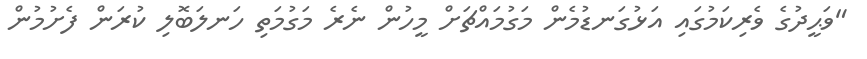
"ވަޙީދުގެ ވެރިކަމުގައި އަޅުގަނޑުމެން މަގުމައްޗަށް މީހުން ނެރެ މަގުމަތި ހަނލަބޮލި ކުރަން ފެށުމުން